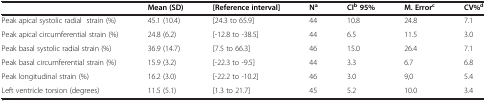
<table><thead><tr><td><b> </b></td><td><b>Mean (SD)</b></td><td><b>[Reference interval]</b></td><td><b>N<sup>a</sup></b></td><td><b>CI<sup>b </sup>95%</b></td><td><b>M. Error<sup>c</sup></b></td><td><b>CV%<sup>d</sup></b></td></tr></thead><tbody><tr><td>Peak apical systolic radial strain (%)</td><td>45.1 (10.4)</td><td>[24.3 to 65.9]</td><td>44</td><td>10.8</td><td>24.8</td><td>7.1</td></tr><tr><td>Peak apical circumferential strain (%)</td><td>24.8 (6.2)</td><td>[-12.8 to -38.5]</td><td>44</td><td>6.5</td><td>11.5</td><td>3.0</td></tr><tr><td>Peak basal systolic radial strain (%)</td><td>36.9 (14.7)</td><td>[7.5 to 66.3]</td><td>46</td><td>15.0</td><td>26.4</td><td>7.1</td></tr><tr><td>Peak basal circumferential strain (%)</td><td>15.9 (3.2)</td><td>[-22.3 to -9.5]</td><td>44</td><td>3.3</td><td>6.7</td><td>6.8</td></tr><tr><td>Peak longitudinal strain (%)</td><td>16.2 (3.0)</td><td>[-22.2 to -10.2]</td><td>46</td><td>3.0</td><td>9,0</td><td>5.4</td></tr><tr><td>Left ventricle torsion (degrees)</td><td>11.5 (5.1)</td><td>[1.3 to 21.7]</td><td>45</td><td>5.2</td><td>10.0</td><td>3.4</td></tr></tbody></table>